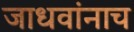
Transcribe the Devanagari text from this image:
जाधवांनाच